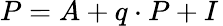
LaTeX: \textstyle P=A+q\cdot P+I\,